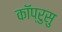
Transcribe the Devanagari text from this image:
कॉप्रुसु